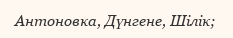
Антоновка, Дүнгене, Шілік;